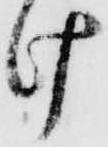
け